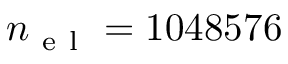
n _ { \mathrm { ~ e ~ l ~ } } = 1 0 4 8 5 7 6